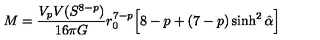
M = \frac { V _ { p } V ( S ^ { 8 - p } ) } { 1 6 \pi G } r _ { 0 } ^ { 7 - p } \Big [ 8 - p + ( 7 - p ) \sinh ^ { 2 } \hat { \alpha } \Big ]